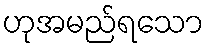
ဟုအမည်ရသော